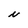
Character: N